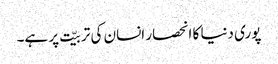
پوری دنیا کا انحصار انسان کی تربیّت پر ہے۔